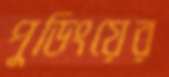
পুডিংয়ের